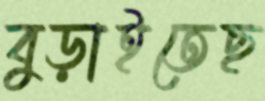
বুড়াইতেছ